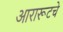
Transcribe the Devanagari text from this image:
आरारूटचे